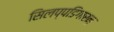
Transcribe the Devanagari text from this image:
सिलप्पडिगारन्